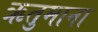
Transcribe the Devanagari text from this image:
ऋतुमाना